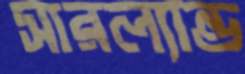
সারল্যান্ড